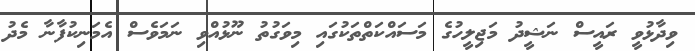
ވިދާޅުވީ ރައީސް ނަޝީދު މަޖިލީހުގެ މަސައްކަތްތަކުގައި މިވަގުތު ނޫޅުއްވި ނަމަވެސް އެމަނިކުފާނާ މެދު